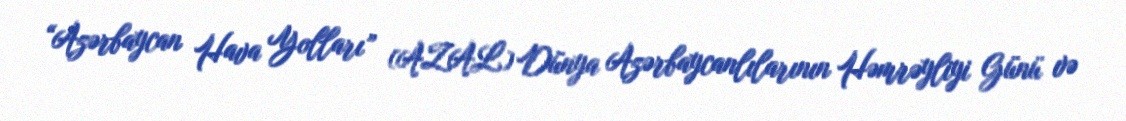
“Azərbaycan Hava Yolları” (AZAL) Dünya Azərbaycanlılarının Həmrəyliyi Günü və